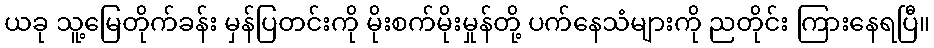
ယခု သူ့မြေတိုက်ခန်း မှန်ပြတင်းကို မိုးစက်မိုးမှုန်တို့ ပက်နေသံများကို ညတိုင်း ကြားနေရပြီ။